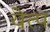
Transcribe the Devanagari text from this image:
येत्प